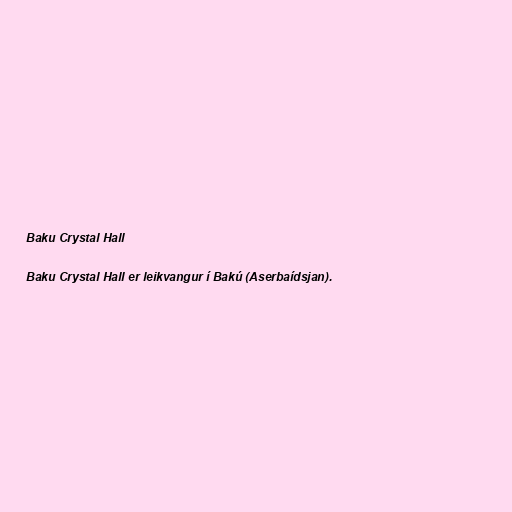
Baku Crystal Hall

Baku Crystal Hall er leikvangur í Bakú (Aserbaídsjan).